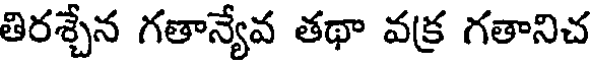
తిరశ్చేన గతాన్యేవ తథా వక్ర గతానిచ